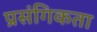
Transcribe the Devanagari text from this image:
प्रसंगिकता